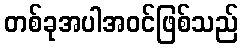
တစ်ခုအပါအဝင်ဖြစ်သည်